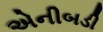
એનીબડી